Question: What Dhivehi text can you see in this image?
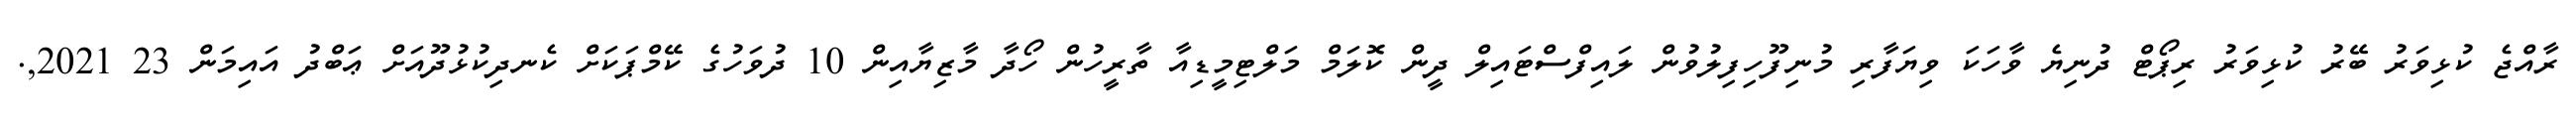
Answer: ރާއްޖެ ކުޅިވަރު ބޭރު ކުޅިވަރު ރިޕޯޓް ދުނިޔެ ވާހަކަ ވިޔަފާރި މުނިފޫހިފިލުވުން ލައިފްސްޓައިލް ދީން ކޮލަމް މަލްޓިމީޑިއާ ތާރީހުން ހޯދާ މާޒިޔާއިން 10 ދުވަހުގެ ކޭމްޕަކަށް ކެނދިކުޅުދޫއަށް ޢަބްދު އައިމަން 23 2021,.